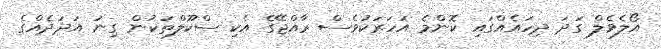
އޯލެވެލް ގަދަ ދިހައެއްގައި ކޮންމެ އަހަރަކުވެސް ރާއްޖޭގެ އެކި ސްކޫލްތަކުން ގިނަ އަދަދެއްގެ